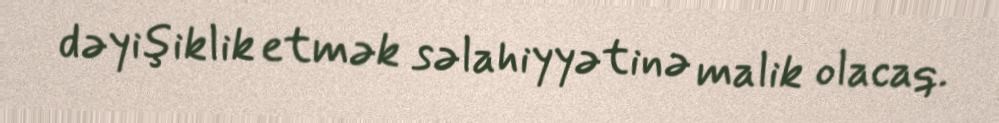
dəyişiklik etmək səlahiyyətinə malik olacaq.